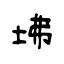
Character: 坲